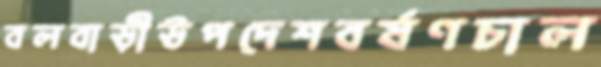
বলবাড়ীউপদেশবর্ষণচাল